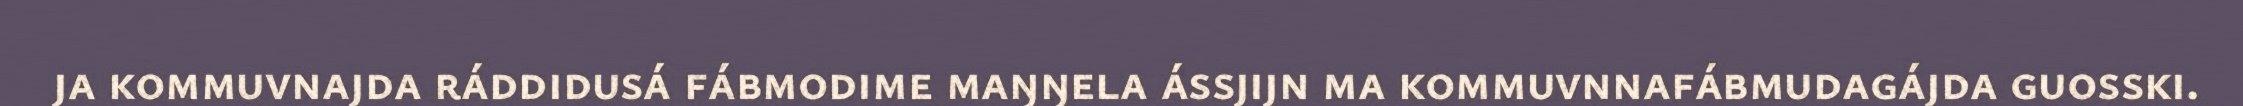
ja kommuvnajda ráddidusá fábmodime maŋŋela ássjijn ma kommuvnnafábmudagájda guosski.